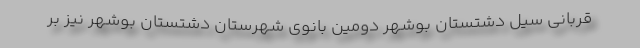
قربانی سیل دشتستان بوشهر دومین بانوی شهرستان دشتستان بوشهر نیز بر